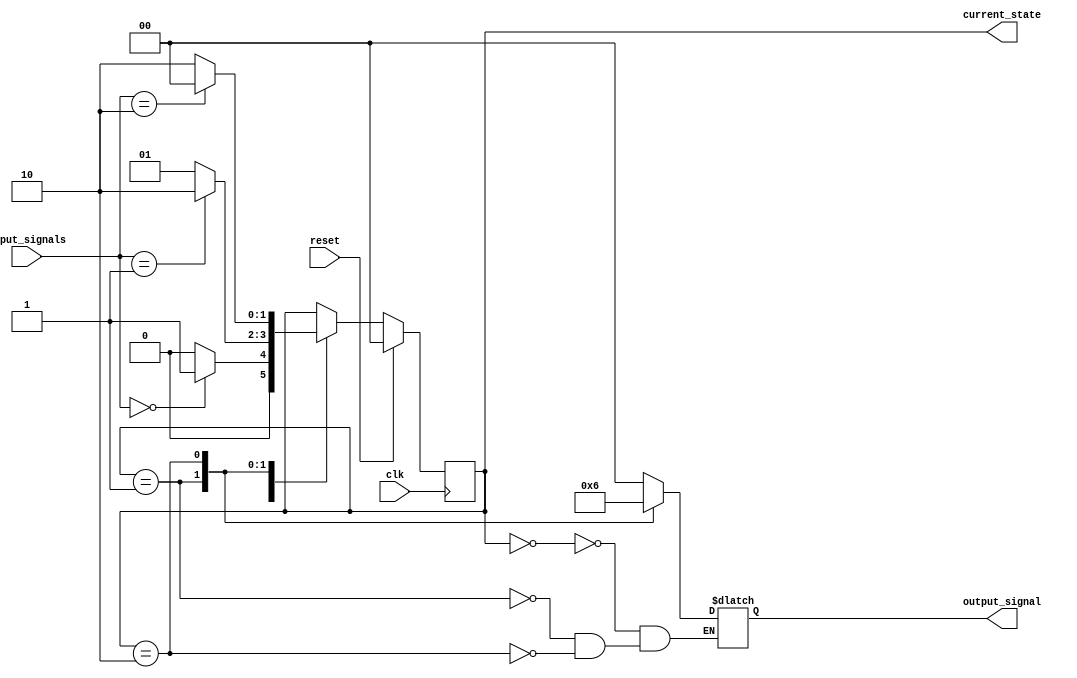
module moore_state_machine (
    input clk,
    input reset,
    input [1:0] input_signals,
    output reg [1:0] current_state,
    output reg [1:0] output_signal
);

// State Definitions
parameter STATE_A = 2'b00;
parameter STATE_B = 2'b01;
parameter STATE_C = 2'b10;

// State Transition Table
always @(posedge clk) begin
    if (reset) begin
        current_state <= STATE_A;
    end else begin
        case(current_state)
            STATE_A: begin
                if (input_signals == 2'b00) begin
                    current_state <= STATE_B;
                end else begin
                    current_state <= STATE_A;
                end
            end
            STATE_B: begin
                if (input_signals == 2'b01) begin
                    current_state <= STATE_C;
                end else begin
                    current_state <= STATE_B;
                end
            end
            STATE_C: begin
                if (input_signals == 2'b10) begin
                    current_state <= STATE_A;
                end else begin
                    current_state <= STATE_C;
                end
            end
        endcase
    end
end

// Output Signal Generation
always @* begin
    case(current_state)
        STATE_A: output_signal = 2'b00;
        STATE_B: output_signal = 2'b01;
        STATE_C: output_signal = 2'b10;
    endcase
end

endmodule